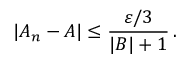
| A _ { n } - A | \leq { \frac { \varepsilon / 3 } { | B | + 1 } } \, .